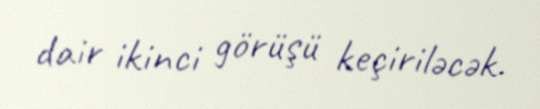
dair ikinci görüşü keçiriləcək.